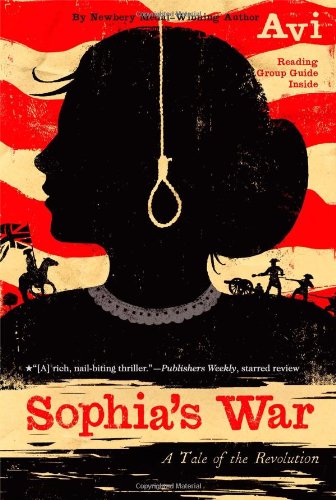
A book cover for Sophia's War: A Tale of the Revolution; Avi; Children's Books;